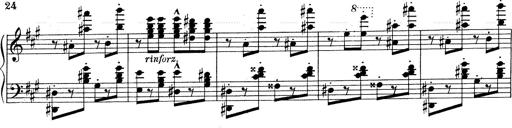
Title: Mephisto Waltz No.1
Composer: Franz Liszt